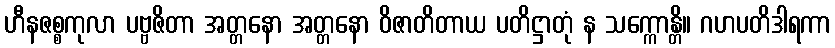
ဟီနဇစ္စကုလာ ပဗ္ဗဇိတာ အတ္တနော အတ္တနော ဝိဇာတိတာယ ပတိဋ္ဌာတုံ န သက္ကောန္တိ။ ဂဟပတိဒါရကာ